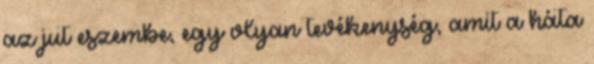
az jut eszembe, egy olyan tevékenység, amit a háta